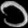
Digit: ၁